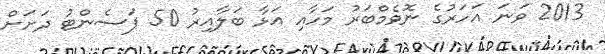
2013 ވަނަ އަހަރުގެ ނޮވެމްބަރު މަހާއި އަޅާ ބަލާއިރު 50 ޕަސެންޓު ދަށަށް